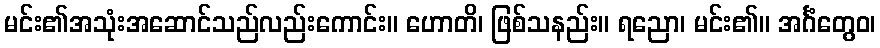
မင်း၏အသုံးအဆောင်သည်လည်းကောင်း။ ဟောတိ၊ ဖြစ်သနည်း။ ရညော၊ မင်း၏။ အင်္ဂံတွေဝ၊